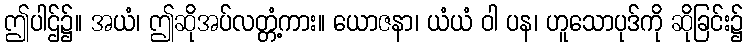
ဤပါဌ်၌။ အယံ၊ ဤဆိုအပ်လတ္တံ့ကား။ ယောဇနာ၊ ယံယံ ဝါ ပန၊ ဟူသောပုဒ်ကို ဆိုခြင်း၌